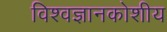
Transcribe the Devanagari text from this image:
विश्वज्ञानकोशीय